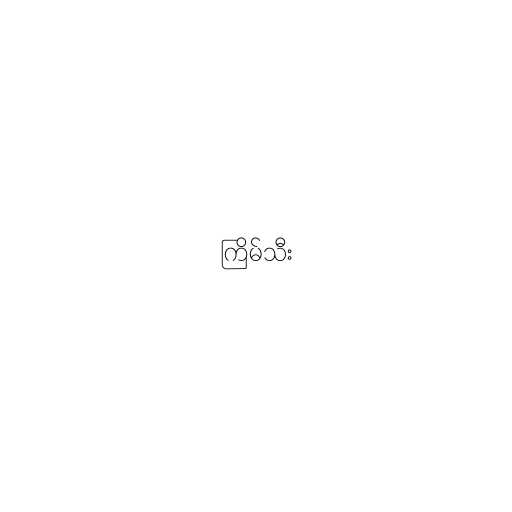
ကြိမ်သီး